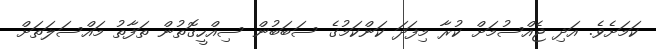
ކަމަށެވެ. އަދި ޖެއްސުމަށް ކުރާ މިފަދަ ކަންކަމުގެ ސަބަބުން ސިއްހީގޮތުން ތަފާތު މައްސަލަތަށް